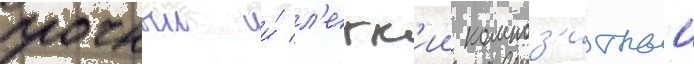
прочныи и́ л'егк'ии композ'итныи